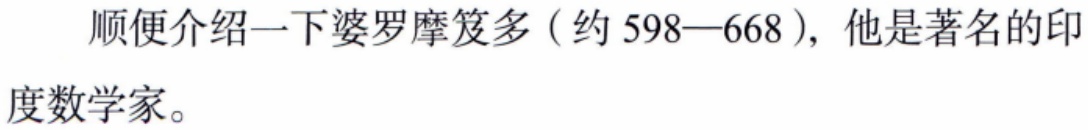
顺便介绍一下婆罗摩笈多（约598—668），他是著名的印度数学家。